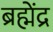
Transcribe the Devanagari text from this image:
ब्रह्मेंद्र